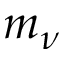
m _ { \nu }